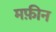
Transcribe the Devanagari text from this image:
मफ़ीन